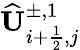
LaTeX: \widehat{\mathbf{U}}_{i+\frac{1}{2},j}^{\pm,1}